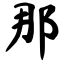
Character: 那